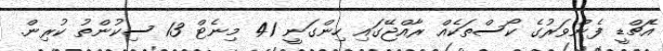
އެޗްޑީ ފެންވަރުގެ ކޯސްތަކެއް ރާއްޖޭގައި ހިންގަނީ 41 މިނެޓް 13 ސިކުންތު ކުރިން.